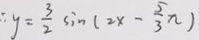
\therefore y = \frac { 3 } { 2 } \sin ( 2 x - \frac { 5 } { 3 } \pi )